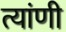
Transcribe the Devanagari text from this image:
त्यांणी